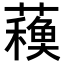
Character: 𧁨